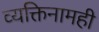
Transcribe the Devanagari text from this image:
व्यक्तिनामही